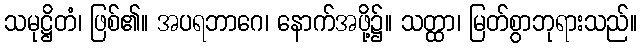
သမုဋ္ဌိတံ၊ ဖြစ်၏။ အပရဘာဂေ၊ နောက်အဖို့၌။ သတ္ထာ၊ မြတ်စွာဘုရားသည်။